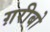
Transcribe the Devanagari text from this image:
ग़रीबो